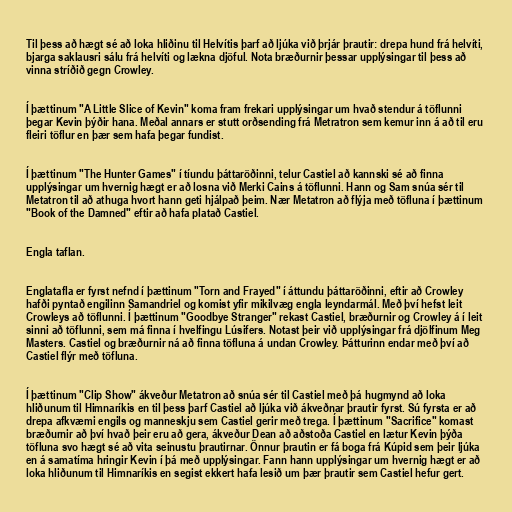
Til þess að hægt sé að loka hliðinu til Helvítis þarf að ljúka við þrjár þrautir: drepa hund frá helvíti,
bjarga saklausri sálu frá helvíti og lækna djöful. Nota bræðurnir þessar upplýsingar til þess að
vinna stríðið gegn Crowley.

Í þættinum "A Little Slice of Kevin" koma fram frekari upplýsingar um hvað stendur á töflunni
þegar Kevin þýðir hana. Meðal annars er stutt orðsending frá Metratron sem kemur inn á að til eru
fleiri töflur en þær sem hafa þegar fundist.

Í þættinum "The Hunter Games" í tíundu þáttaröðinni, telur Castiel að kannski sé að finna
upplýsingar um hvernig hægt er að losna við Merki Cains á töflunni. Hann og Sam snúa sér til
Metatron til að athuga hvort hann geti hjálpað þeim. Nær Metatron að flýja með töfluna í þættinum
"Book of the Damned" eftir að hafa platað Castiel.

Engla taflan.

Englatafla er fyrst nefnd í þættinum "Torn and Frayed" í áttundu þáttaröðinni, eftir að Crowley
hafði pyntað engilinn Samandriel og komist yfir mikilvæg engla leyndarmál. Með því hefst leit
Crowleys að töflunni. Í þættinum "Goodbye Stranger" rekast Castiel, bræðurnir og Crowley á í leit
sinni að töflunni, sem má finna í hvelfingu Lúsifers. Notast þeir við upplýsingar frá djölfinum Meg
Masters. Castiel og bræðurnir ná að finna töfluna á undan Crowley. Þátturinn endar með því að
Castiel flýr með töfluna.

Í þættinum "Clip Show" ákveður Metatron að snúa sér til Castiel með þá hugmynd að loka
hliðunum til Himnaríkis en til þess þarf Castiel að ljúka við ákveðnar þrautir fyrst. Sú fyrsta er að
drepa afkvæmi engils og manneskju sem Castiel gerir með trega. Í þættinum "Sacrifice" komast
bræðurnir að því hvað þeir eru að gera, ákveður Dean að aðstoða Castiel en lætur Kevin þýða
töfluna svo hægt sé að vita seinustu þrautirnar. Önnur þrautin er fá boga frá Kúpid sem þeir ljúka
en á samatíma hringir Kevin í þá með upplýsingar. Fann hann upplýsingar um hvernig hægt er að
loka hliðunum til Himnaríkis en segist ekkert hafa lesið um þær þrautir sem Castiel hefur gert.